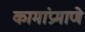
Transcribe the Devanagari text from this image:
कामांप्रमाणे